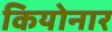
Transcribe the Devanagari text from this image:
कियोनार